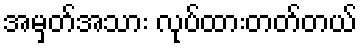
အမှတ်အသား လုပ်ထားတတ်တယ်